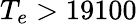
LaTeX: T_{e}>19100